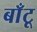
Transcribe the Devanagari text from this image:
बाँटू